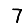
Digit: 7